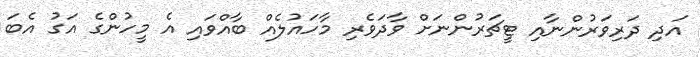
އަދި ދަރިވަރުންނާއި ޓީޗަރުންނަށް ވާދަވެރި މާހައުލެއް ބާއްވައި އެ މީހުންގެ އަގު އެބަ